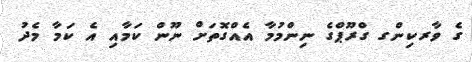
ގެ ވާރކިންގ ގްރޫޕްގެ ނިންމުމާ އެއްގޮތަށް ނޫން ކަމާއި އެ ކަމާ މެދު